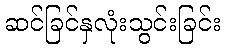
ဆင်ခြင်နှလုံးသွင်းခြင်း